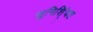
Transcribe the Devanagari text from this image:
सुनिशि्ंचत